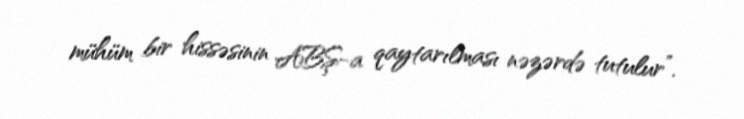
mühüm bir hissəsinin ABŞ-a qaytarılması nəzərdə tutulur”.